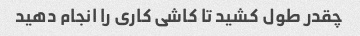
چقدر طول کشید تا کاشی کاری را انجام دهید